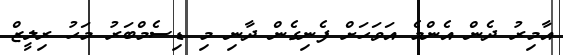
އާމިރު ދެން އެންމެ އަވަހަށް ފެނިގެން ދާނި މި ޑިސެމްބަރު މަހު ރިލީޒް